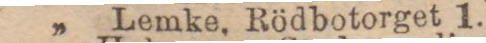
„ Lemke, Rödbotorget 1.